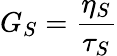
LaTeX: G_{S}=\frac{\eta_{S}}{\tau_{S}}